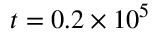
t = 0 . 2 \times 1 0 ^ { 5 }